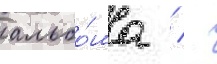
альбо́ма